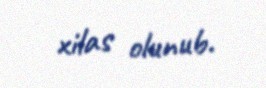
xilas olunub.